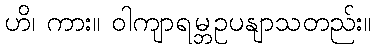
ဟိ၊ ကား။ ဝါကျာရမ္ဘဥပနျာသတည်း။